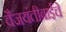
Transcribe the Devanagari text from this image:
वैजयंतीबाईंचे